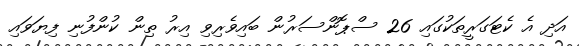
އަދި އެ ކެޓަގަރީތަކުގައި 26 ސްޕޮންސަރުން ބައިވެރިވި އިރު ތިން ކުންފުނި ފިޔަވައި